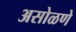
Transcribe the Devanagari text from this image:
असोळणे